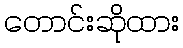
တောင်းဆိုထား